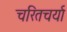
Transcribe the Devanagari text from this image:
चरितचर्या